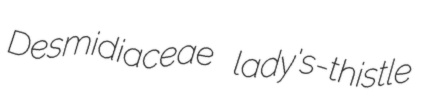
Desmidiaceae lady's-thistle